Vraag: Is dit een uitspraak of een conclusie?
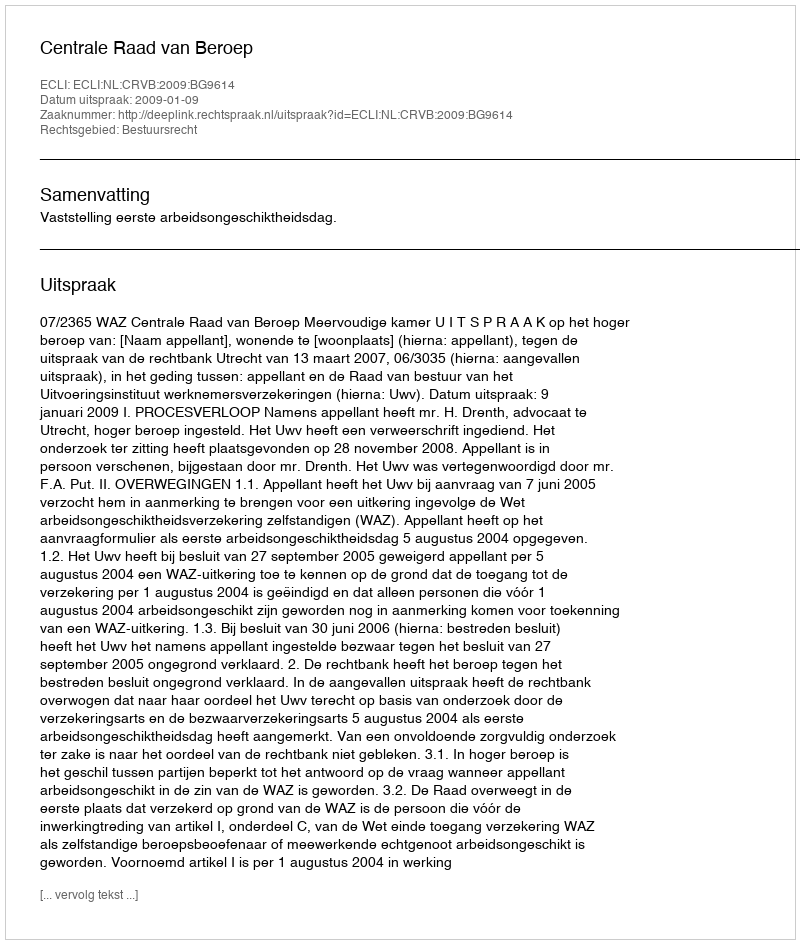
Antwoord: Uitspraak